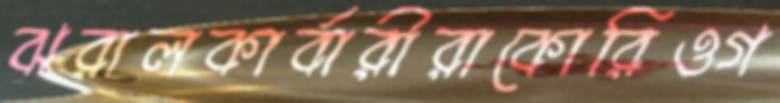
ঝরালকার্বারীরাকোরিওগ